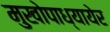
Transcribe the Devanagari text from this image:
मुखोपाध्यायेर